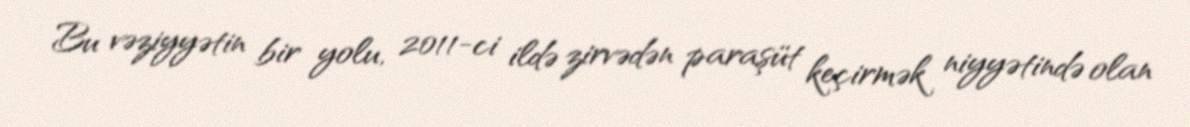
Bu vəziyyətin bir yolu, 2011-ci ildə zirvədən paraşüt keçirmək niyyətində olan